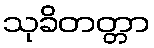
သုခိတတ္တာ